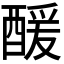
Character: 𮠹